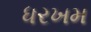
ધરખમ